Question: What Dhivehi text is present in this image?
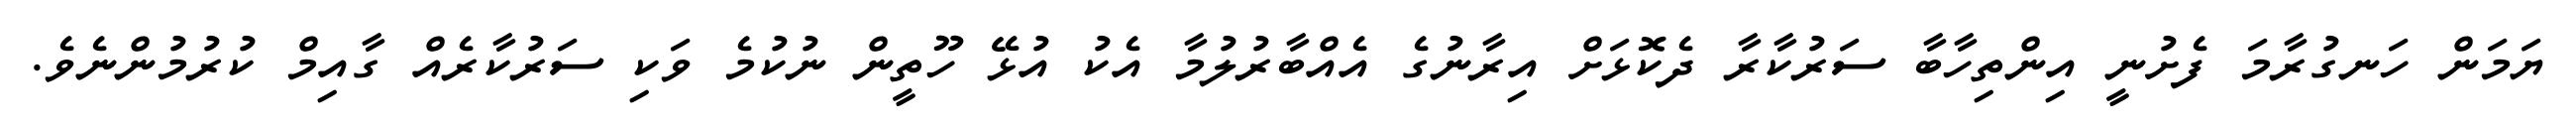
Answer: ޔަމަން ހަނގުރާމަ ފެށުނީ އިންތިހާބާ ސަރުކާރާ ދެކޮޅަށް އިރާނުގެ އެއްބާރުލުމާ އެކު އުޅޭ ހޫތީން ނުކުމެ ވަކި ސަރުކާރެއް ގާއިމް ކުރުމުންނެވެ.